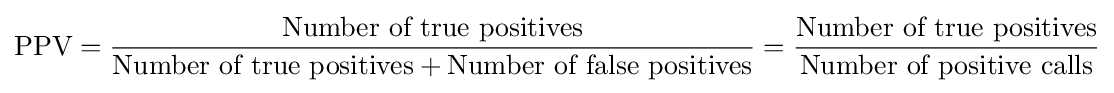
{\text{PPV}}={\frac {\text{Number of true positives}}{{\text{Number of true positives}}+{\text{Number of false positives}}}}={\frac {\text{Number of true positives}}{\text{Number of positive calls}}}